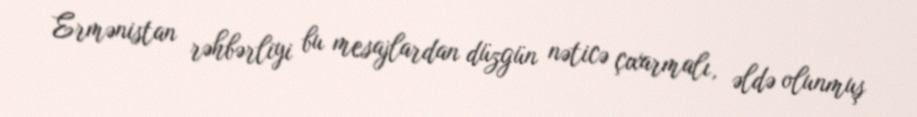
Ermənistan rəhbərliyi bu mesajlardan düzgün nəticə çıxarmalı, əldə olunmuş